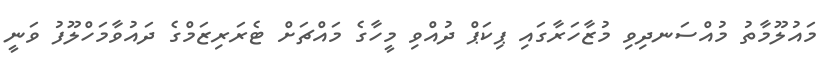
މައުލޫމާތު މުއްސަނދިވި މުޒާހަރާގައި ޕިކަޕް ދުއްވި މީހާގެ މައްޗަށް ޓެރަރިޒަމްގެ ދައުވާމަހްލޫފު ވަނީ